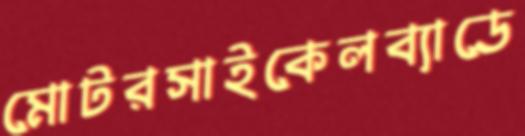
মোটরসাইকেলব্যাডে